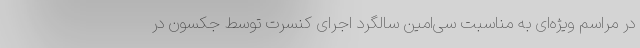
در مراسم ویژه‌ای به مناسبت سی‌امین سالگرد اجرای کنسرت توسط جکسون در